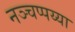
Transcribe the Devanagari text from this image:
नञ्चप्पय्या